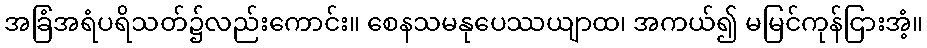
အခြံအရံပရိသတ်၌လည်းကောင်း။ စေနသမနုပေဿယျာထ၊ အကယ်၍ မမြင်ကုန်ငြားအံ့။